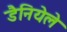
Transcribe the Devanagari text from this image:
डैनियेले